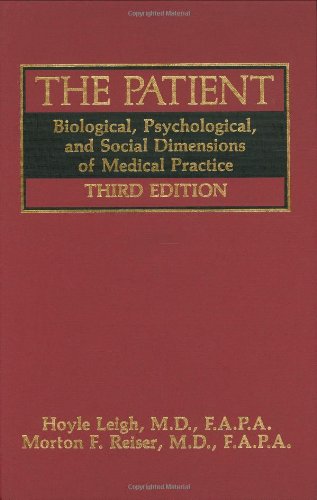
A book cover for The Patient: Biological, Psychological, and Social Dimensions of Medical  Practice; Hoyle Leigh; Medical Books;